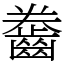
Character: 齤